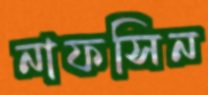
নাফসিন